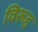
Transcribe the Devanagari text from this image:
विरूद्द